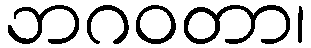
ဘဂဝတာ၊